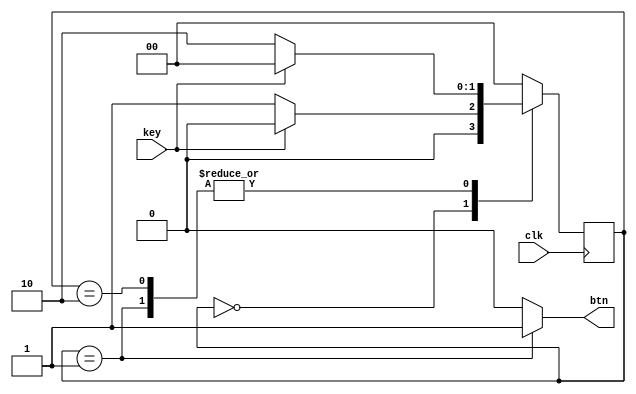
module buttonSync (
    input wire clk,
    input wire key, // ativo baixo
    output reg btn // ativo alto
);

    // Estados da FSM
    parameter EsperaApertar = 2'b00;
    parameter SaidaAtiva = 2'b01;
    parameter EsperaSoltar = 2'b10;

    reg [1:0] current_state, next_state;

    // FSM: transio de estado e sada
    always @(posedge clk) begin
        current_state <= next_state;
    end

    always @(*) begin
        case (current_state)
            EsperaApertar: begin
                if (key == 1'b0) 
                    next_state = SaidaAtiva;
                else 
                    next_state = EsperaApertar;
                btn = 1'b0; // ativo baixo
            end
            SaidaAtiva: begin
                if (key == 1'b0) 
                    next_state = EsperaSoltar;
                else 
                    next_state = EsperaApertar;
                btn = 1'b1; // ativo alto
            end
            EsperaSoltar: begin
                if (key == 1'b0) 
                    next_state = EsperaSoltar;
                else 
                    next_state = EsperaApertar;
                btn = 1'b0; // ativo baixo
            end
            default: begin
                next_state = EsperaApertar;
                btn = 1'b0; // ativo baixo
            end
        endcase
    end
endmodule